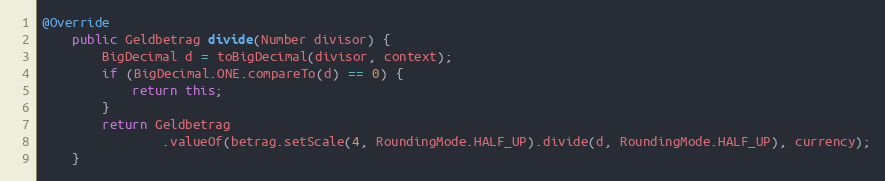
Language: Java
@Override
    public Geldbetrag divide(Number divisor) {
        BigDecimal d = toBigDecimal(divisor, context);
        if (BigDecimal.ONE.compareTo(d) == 0) {
            return this;
        }
        return Geldbetrag
                .valueOf(betrag.setScale(4, RoundingMode.HALF_UP).divide(d, RoundingMode.HALF_UP), currency);
    }